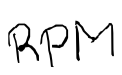
Text: RPM
Cross-out: clean
Writing tool: digital_black